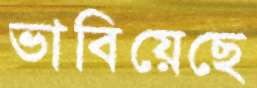
ভাবিয়েছে